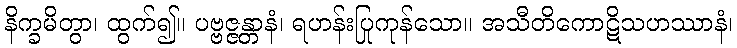
နိက္ခမိတွာ၊ ထွက်၍။ ပဗ္ဗဇ္ဇန္တာနံ၊ ရဟန်းပြုကုန်သော။ အသီတိကောဋိသဟဿာနံ၊